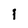
Character: I